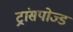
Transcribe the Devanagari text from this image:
ट्रांसपोज्ड